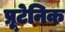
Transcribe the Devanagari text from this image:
प्रूटेनिक